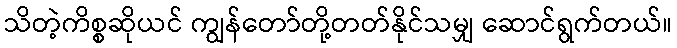
သိတဲ့ကိစ္စဆိုယင် ကျွန်တော်တို့တတ်နိုင်သမျှ ဆောင်ရွက်တယ်။